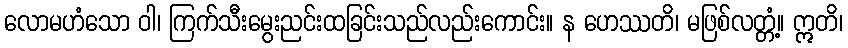
လောမဟံသော ဝါ၊ ကြက်သီးမွေးညင်းထခြင်းသည်လည်းကောင်း။ န ဟေဿတိ၊ မဖြစ်လတ္တံ့။ ဣတိ၊